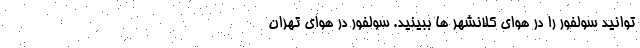
توانید سولفور را در هوای کلانشهر ها ببینید. سولفور در هوای تهران